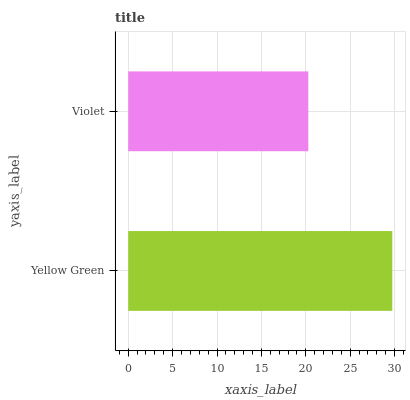
| yaxis_label | bars |
 | --- | --- |
 | Yellow Green | 29.7 |
 | Violet | 20.3 |